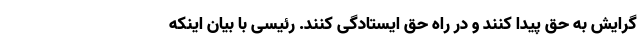
گرایش به حق پیدا کنند و در راه حق ایستادگی کنند. رئیسی با بیان اینکه